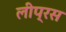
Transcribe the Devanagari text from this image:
लीप्रस